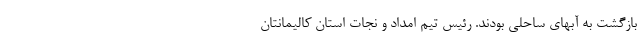
بازگشت به آبهای ساحلی بودند. رئیس تیم امداد و نجات استان کالیمانتان